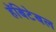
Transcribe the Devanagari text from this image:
हॅबिटेबल